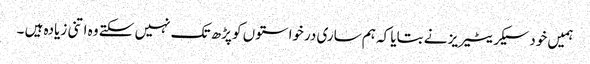
ہمیں خود سیکریٹیریز نے بتایا کہ ہم ساری درخواستوں کو پڑھ تک نہیں سکتے وہ اتنی زیادہ ہیں ۔